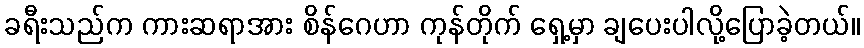
ခရီးသည်က ကားဆရာအား စိန်ဂေဟာ ကုန်တိုက် ရှေ့မှာ ချပေးပါလို့ပြောခဲ့တယ်။